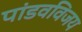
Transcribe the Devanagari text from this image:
पांडवविजय